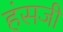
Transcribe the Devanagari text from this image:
हंसजी